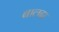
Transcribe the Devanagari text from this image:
बालदा